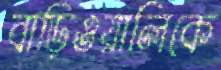
বাড়িওয়ালিকে